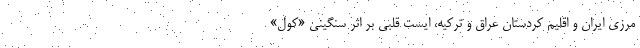
مرزي ايران و اقليم كردستان عراق و تركيه، ايست قلبي بر اثر سنگيني «كول»